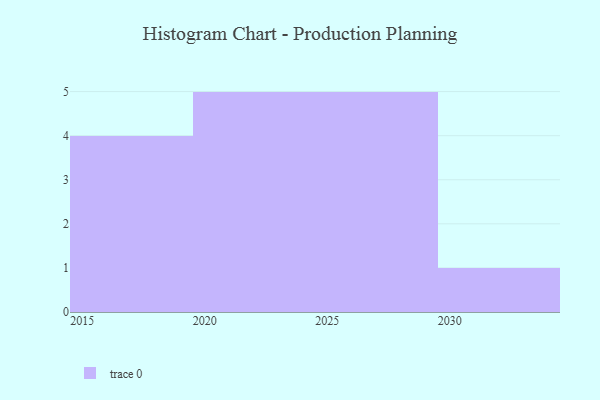
{"axis": {"x": "Year", "y": "Operating Costs (USD K)"}, "legend": [""], "data": [{"x": "2017", "y": 40, "type": ""}, {"x": "2029", "y": 40, "type": ""}, {"x": "2016", "y": 10, "type": ""}, {"x": "2022", "y": 52, "type": ""}, {"x": "2025", "y": 56, "type": ""}, {"x": "2024", "y": 42, "type": ""}, {"x": "2030", "y": 1, "type": ""}, {"x": "2019", "y": 59, "type": ""}, {"x": "2021", "y": 18, "type": ""}, {"x": "2023", "y": 38, "type": ""}, {"x": "2020", "y": 94, "type": ""}, {"x": "2026", "y": 21, "type": ""}, {"x": "2015", "y": 47, "type": ""}, {"x": "2027", "y": 38, "type": ""}, {"x": "2028", "y": 75, "type": ""}]}